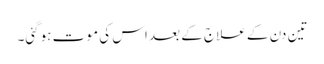
تین دن کے علاج کے بعد اس کی مو ت ہوگئی۔